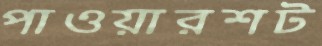
পাওয়ারশট